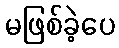
မဖြစ်ခဲ့ပေ